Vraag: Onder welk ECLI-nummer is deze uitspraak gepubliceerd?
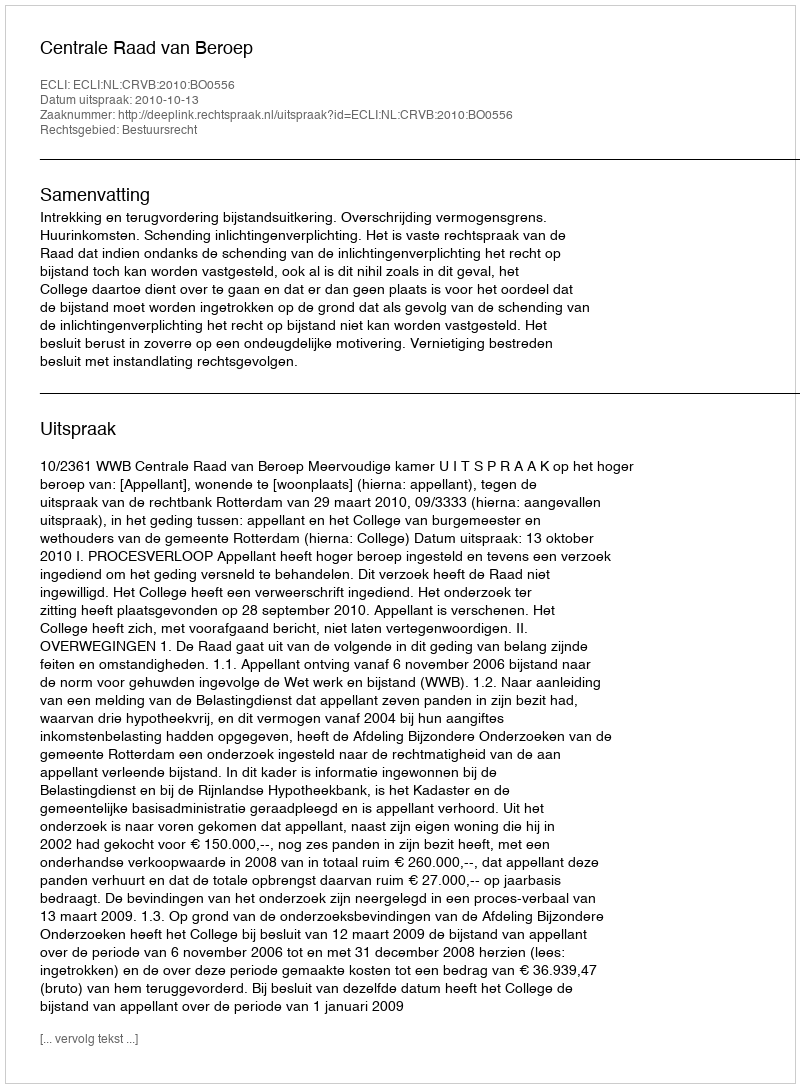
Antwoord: ECLI:NL:CRVB:2010:BO0556